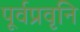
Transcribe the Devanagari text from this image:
पूर्वप्रवृनि